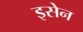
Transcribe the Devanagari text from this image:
इसेन